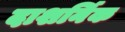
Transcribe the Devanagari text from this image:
दाशर्निक